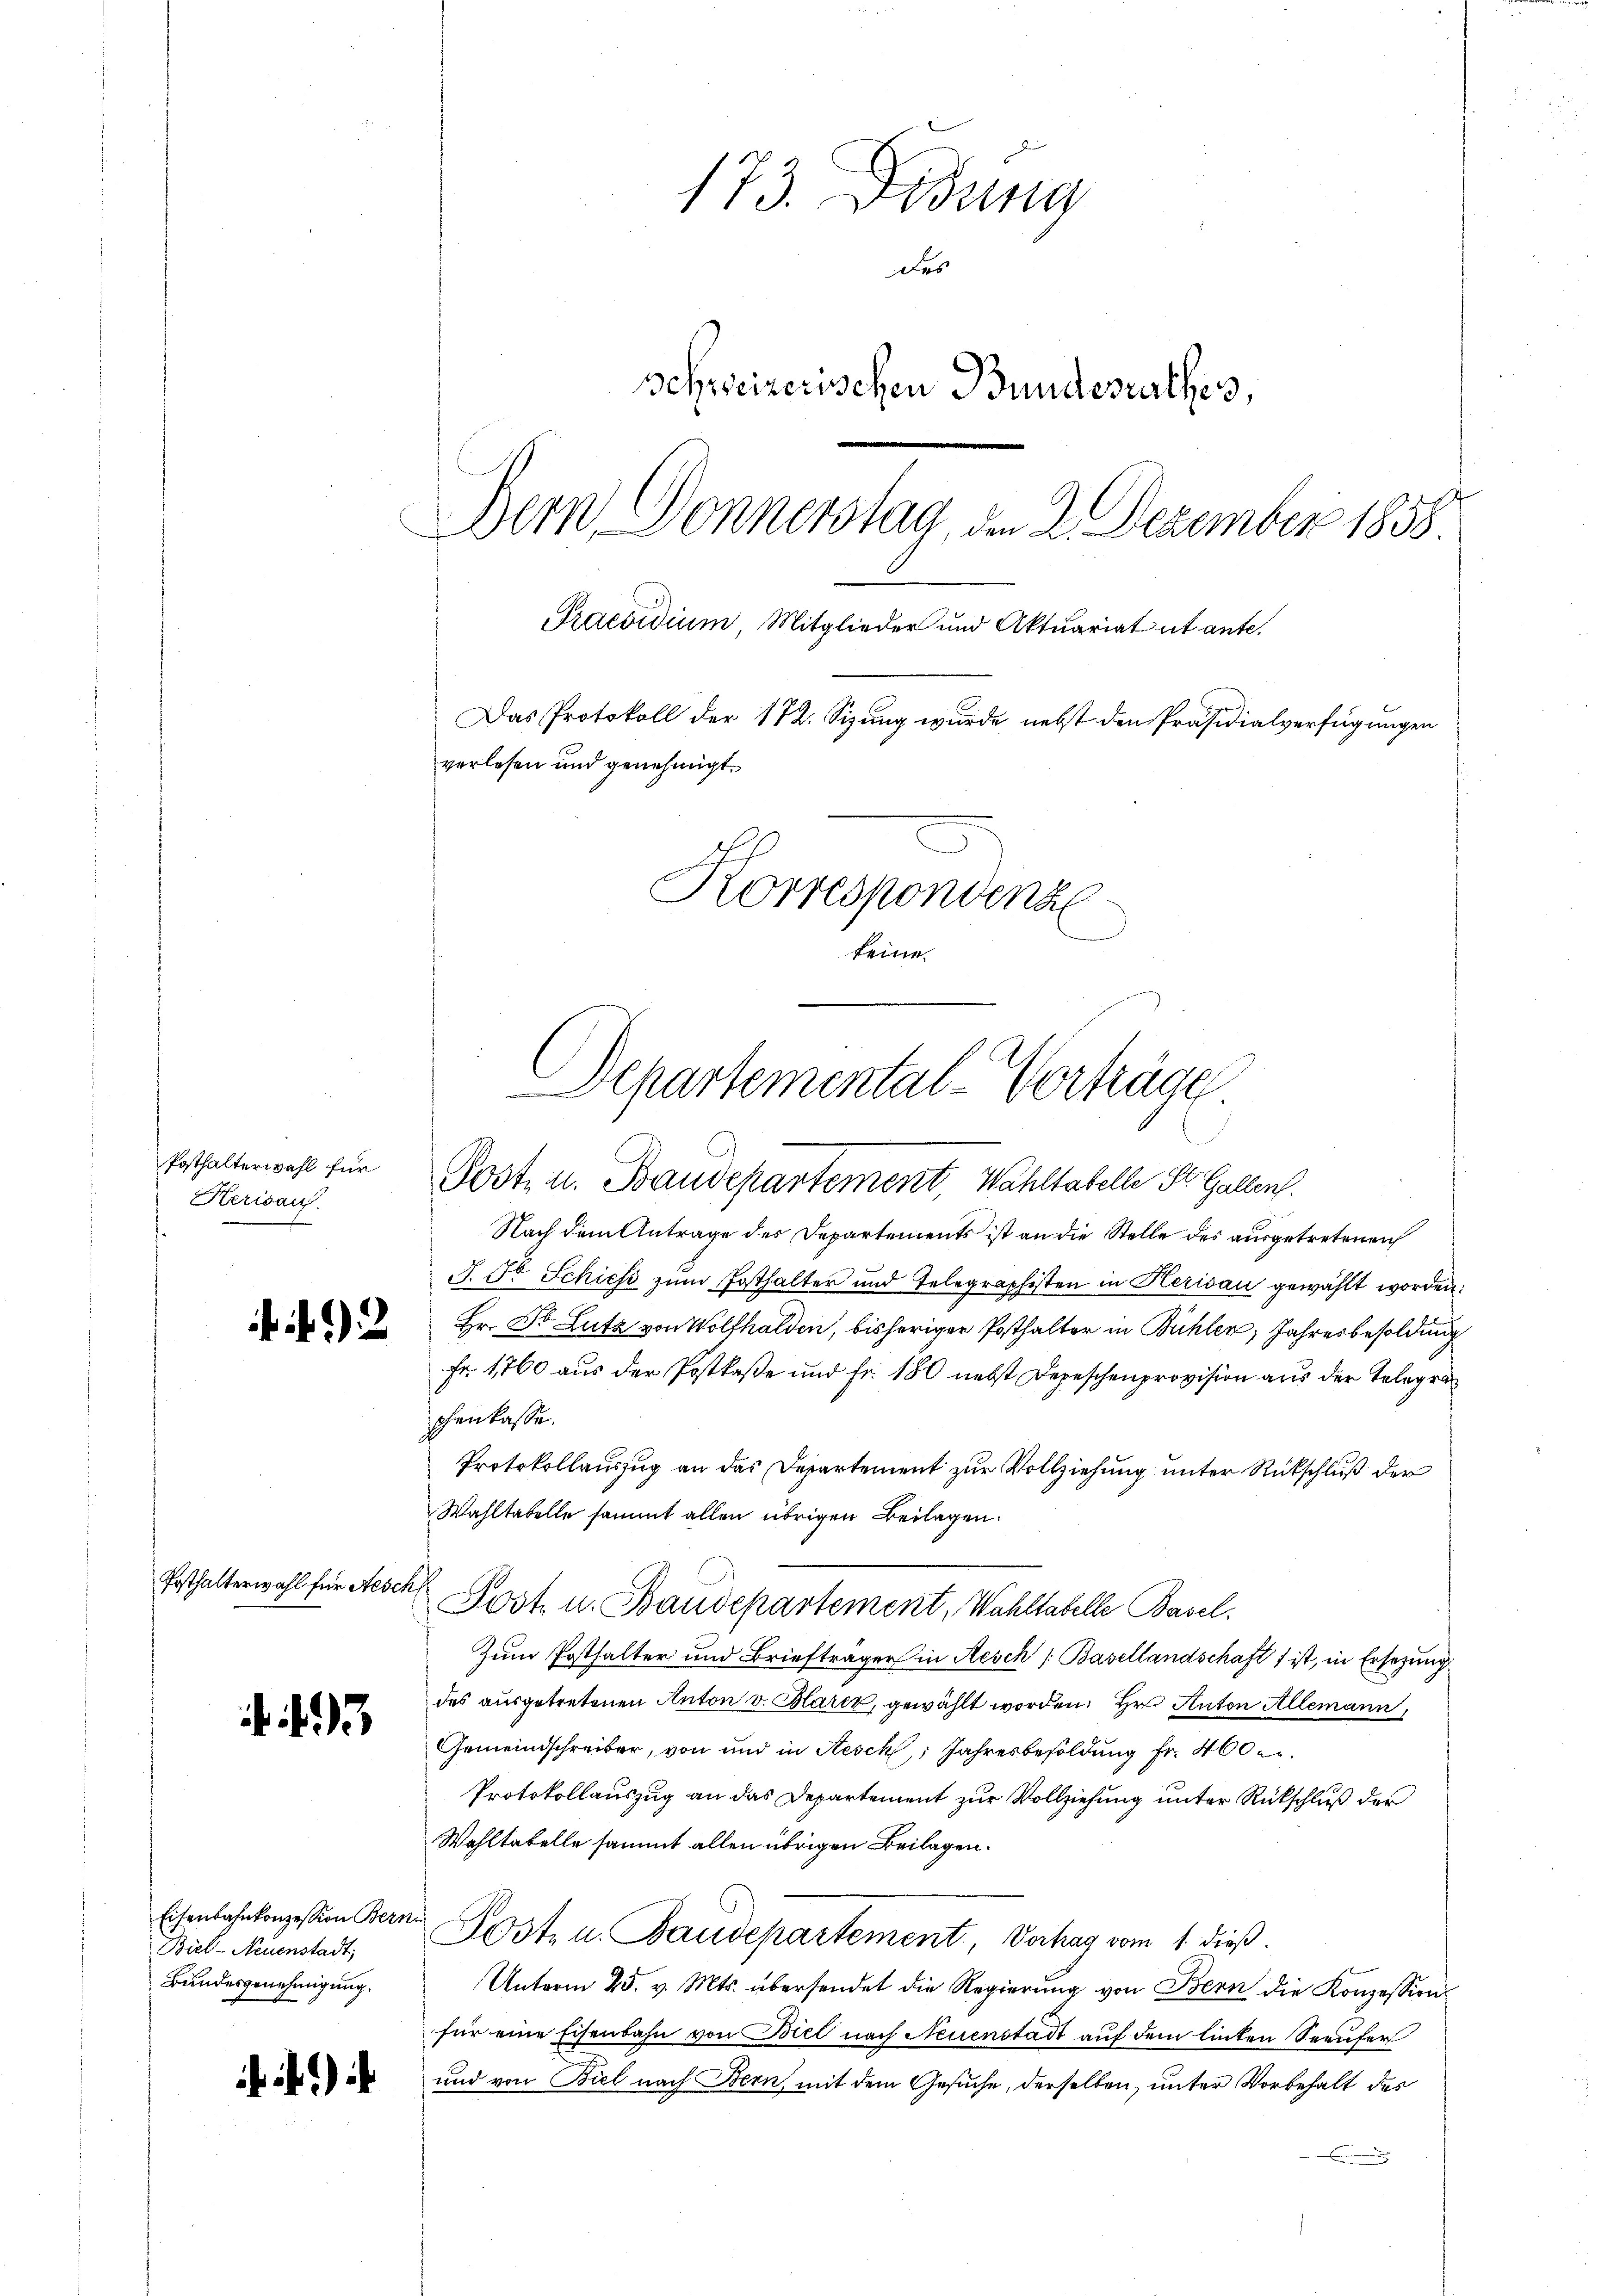
Posthalterwahl für
Herisauf

Posthalterwahl für Aeschl

93

Biel-Neuenstadt;
Bundesgenehmigung.

)

173. Didung
des
Schweizerischen Bundesrathes,
Bern Donnerstag, den 2. Dezember 1858
Praesidium, Mitglieder und Aktuariat ut ante.
Das Protokoll der 172. Sizung wurde nebst den Präsidialverfügungen
verlesen und genehmigt.
Korrespondenhe
keine

Departemental-Vorträge
C
Post- u. Baudepartement, Wahltabelle St. Gallen.

Nach dem Antrage des Departements ist an die Stelle des ausgetretenen
J. Fr. Schiess zŭm Posthalter und Telegraphisten in Herisau gewählt worden,
Hr. Dr. Lutz von Wolfhalden, bisheriger Posthalter in Bühler, Jahresbesoldung
Fr. 1760 aus der Postkaße und fr. 180 nebst Depeschenprovision aus der Telegra
chenkasse.
Protokollauszug an das Departement zur Vollziehung unter Rückschluß der
Wahltabelle sammt allen übrigen Beilagen.
Zum Posthalter und Briefträger in Aesch Basellandschaft 1 ist, in Ersezung
des ausgetretenen Anton v. Plarer, gewählt worden. Hr. Anton Allemann,
Gemeindschreiber, von und in Aesch, Jahresbesoldung fr. 400 c.
Protokollauszug an das Departement zur Vollziehung unter Rückschluß der
Wahltatelle sammt allen übrigen Beilagen.
Eisenbahnkonzessen Bern Post u. Baudepartement, Verhag vom 1. dieß
Unterm 25. v. Mts. übersendet die Regierŭng von Bern die Konzession
für eine Eisenbahn von Biel nach Neuenstadt auf dem linken Seeufer
und von Biel nach Bern, mit dem Gesuche, derselben, unter Vorbehalt des

Post u. Baudepartement, Wahltabelle Basel.